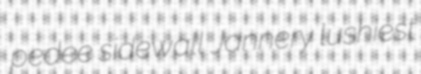
pedee sidewall Jannery lushiest